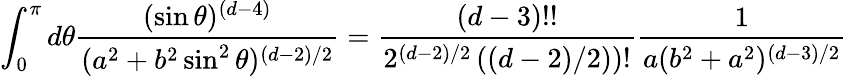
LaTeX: \int_{0}^{\pi}d\theta{\frac{(\sin\theta)^{(d-4)}}{(a^{2}+b^{2}\sin^{2}\theta)^{(d-2)/2}}}={\frac{(d-3)!!}{2^{(d-2)/2}\left((d-2)/2)\right)!}}{\frac{1}{a(b^{2}+a^{2})^{(d-3)/2}}}